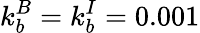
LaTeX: k_{b}^{B}=k_{b}^{I}=0.001